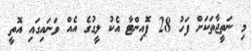
މި ނަތީޖާތަކަށް ފަހު 28 ޕޮއިންޓާ އެކު ލީގުގެ އެއް ވަނައިގައި އޮތީ